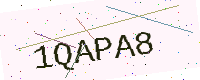
Text: 1QAPA8